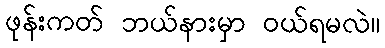
ဖုန်းကတ် ဘယ်နားမှာ ဝယ်ရမလဲ။